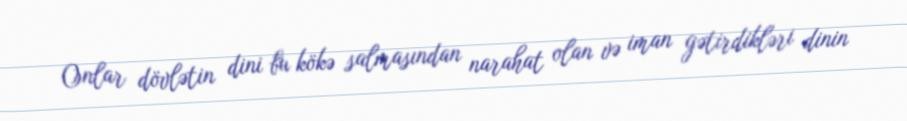
Onlar dövlətin dini bu kökə salmasından narahat olan və iman gətirdikləri dinin